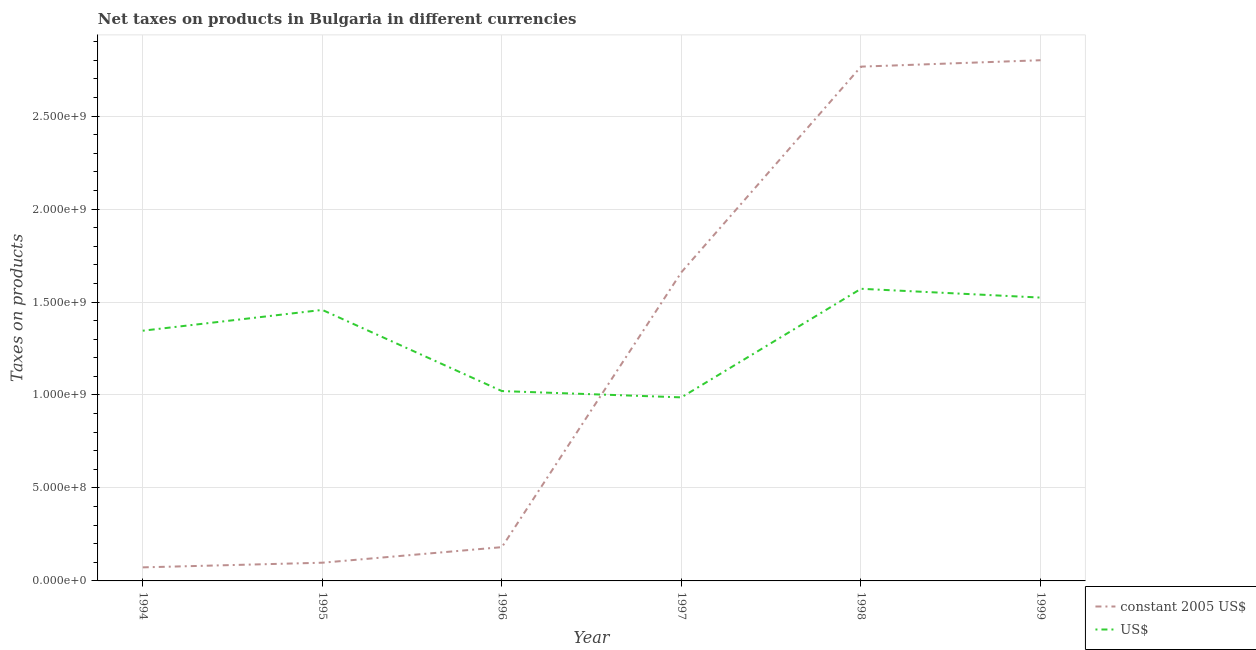
| Year | constant 2005 US$ | US$ |
 | --- | --- | --- |
 | 1994 | 7.29e+07 | 1.35e+09 |
 | 1995 | 9.79e+07 | 1.46e+09 |
 | 1996 | 1.82e+08 | 1.02e+09 |
 | 1997 | 1.66e+09 | 9.87e+08 |
 | 1998 | 2.77e+09 | 1.57e+09 |
 | 1999 | 2.8e+09 | 1.52e+09 |